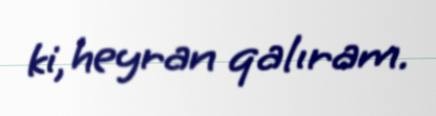
ki, heyran qalıram.